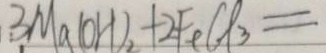
3 M a ( O H ) _ { 2 } + 2 F e C l _ { 3 } =